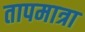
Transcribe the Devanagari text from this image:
तापमात्रा